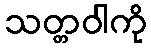
သတ္တဝါကို